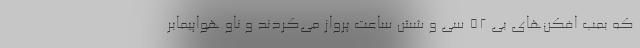
که بمب افکن‌های بی ۵۲ سی و شش ساعت پرواز می‌کردند و ناو هواپیمابر